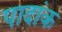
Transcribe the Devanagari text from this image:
पादांक